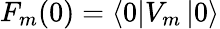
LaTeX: F_{m}(0)=\left\langle 0\right|V_{m}\left|0\right\rangle